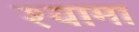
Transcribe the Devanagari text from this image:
श्‍यामा